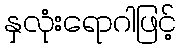
နှလုံးရောဂါဖြင့်